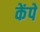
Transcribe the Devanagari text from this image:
केंपे